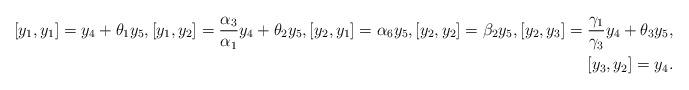
LaTeX: \begin{align*}[y_1, y_1]=y_4+\theta_1y_5, [y_1, y_2]=\frac{\alpha_3}{\alpha_1}y_4+\theta_2y_5, [y_2, y_1]=\alpha_6y_5, [y_2, y_2]=\beta_2y_5, [y_2, y_3]=\frac{\gamma_1}{\gamma_3}y_4+\theta_3y_5, \\ [y_3, y_2]=y_4.\end{align*}